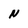
Character: N